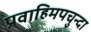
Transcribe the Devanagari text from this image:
प्रवाहिमपचुन्दा